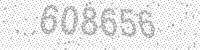
Solution: 608656